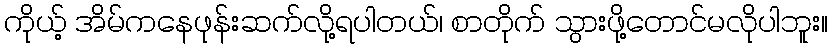
ကိုယ့် အိမ်ကနေဖုန်းဆက်လို့ရပါတယ်၊ စာတိုက် သွားဖို့တောင်မလိုပါဘူး။